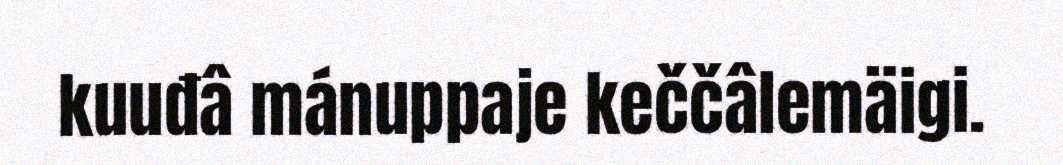
kuuđâ mánuppaje keččâlemäigi.